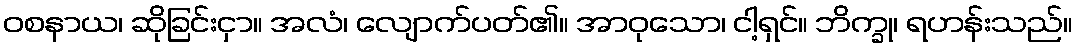
ဝစနာယ၊ ဆိုခြင်းငှာ။ အလံ၊ လျောက်ပတ်၏။ အာဝုသော၊ ငါ့ရှင်။ ဘိက္ခု၊ ရဟန်းသည်။